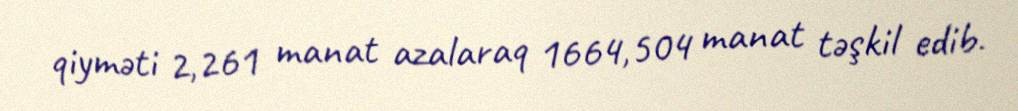
qiyməti 2,261 manat azalaraq 1664,504 manat təşkil edib.